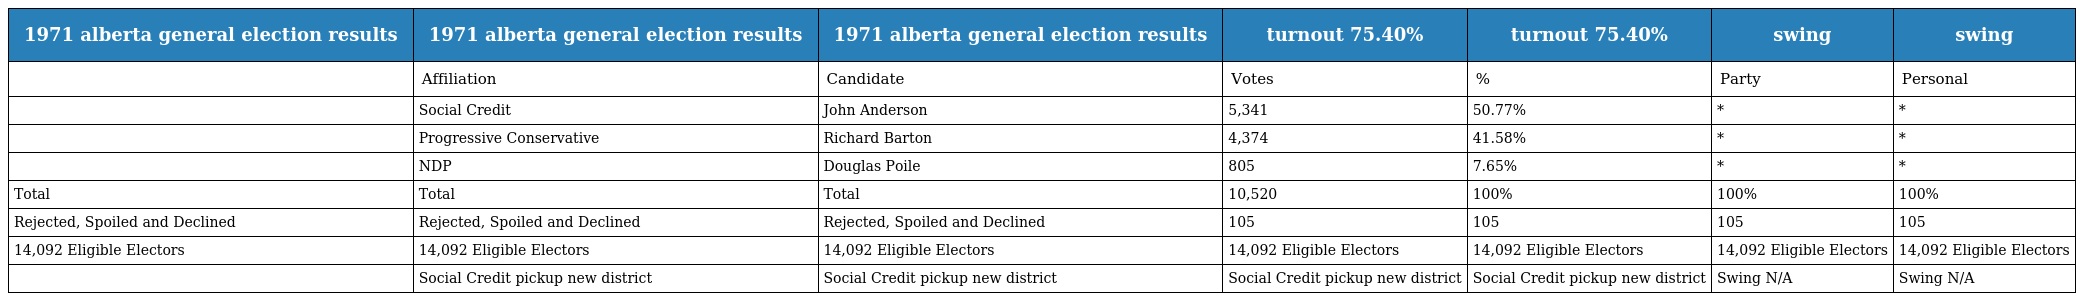
| 1971 alberta general election results | 1971 alberta general election results | 1971 alberta general election results | turnout 75.40% | turnout 75.40% | swing | swing |
 | --- | --- | --- | --- | --- | --- | --- |
 |  | Affiliation | Candidate | Votes | % | Party | Personal |
 |  | Social Credit | John Anderson | 5,341 | 50.77% | * | * |
 |  | Progressive Conservative | Richard Barton | 4,374 | 41.58% | * | * |
 |  | NDP | Douglas Poile | 805 | 7.65% | * | * |
 | Total | Total | Total | 10,520 | 100% | 100% | 100% |
 | Rejected, Spoiled and Declined | Rejected, Spoiled and Declined | Rejected, Spoiled and Declined | 105 | 105 | 105 | 105 |
 | 14,092 Eligible Electors | 14,092 Eligible Electors | 14,092 Eligible Electors | 14,092 Eligible Electors | 14,092 Eligible Electors | 14,092 Eligible Electors | 14,092 Eligible Electors |
 |  | Social Credit pickup new district | Social Credit pickup new district | Social Credit pickup new district | Social Credit pickup new district | Swing N/A | Swing N/A |